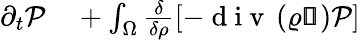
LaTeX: \begin{array}{rl}{\partial_{t}\mathcal{P}}&{{}+\int_{\Omega}\frac{\delta}{\delta\rho}\left[-\mathrm{~d~i~v~}\left(\varrho\pmb{\mathscr{u}}\right)\mathcal{P}\right]}\end{array}